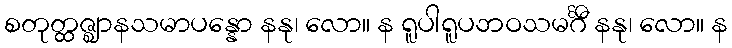
စတုတ္ထဇ္ဈာနသမာပန္နော နနု၊ လော။ န ရူပါရူပဘဝသမင်္ဂီ နနု၊ လော။ န